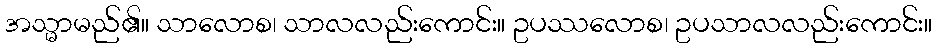
အသ္မာမည်၏။ သာလောစ၊ သာလလည်းကောင်း။ ဥပဿလောစ၊ ဥပသာလလည်းကောင်း။